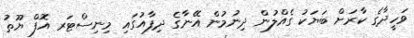
ވަހީދާގެ ކާރަށް ބަޔަކު ގެއްލުން ދިނުމުން އޭނާގެ ދިފާއުގައި މިނިސްޓަރ އޮފް ޔޫތު